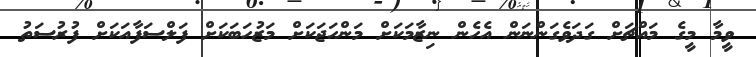
ވީމާ މީގެ މައްޗަށް ގަދަވެގަންނަން އެހެން ނިޒާމަކަށް މަންހަޖަކަށް މަޒުހަބަކަށް ފަލްސަފާއަކަށް ފުރުސަތު